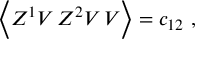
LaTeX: \Big \langle Z ^ { 1 } V \, Z ^ { 2 } V \, V \Big \rangle = c _ { 1 2 } \ ,